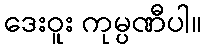
ဒေးဝူး ကုမ္ပဏီပါ။